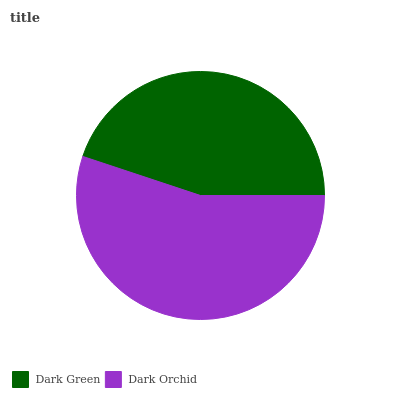
| Dark Green | Dark Orchid |
 | --- | --- |
 | 44.9% | 55.1% |